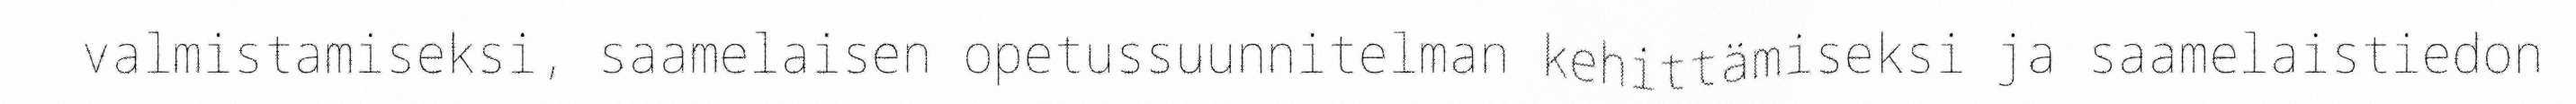
valmistamiseksi, saamelaisen opetussuunnitelman kehittämiseksi ja saamelaistiedon